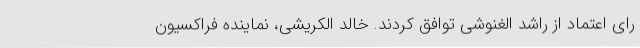
رای اعتماد از راشد الغنوشی توافق کردند. خالد الکریشی، نماینده فراکسیون